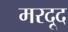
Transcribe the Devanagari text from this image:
मरदूद